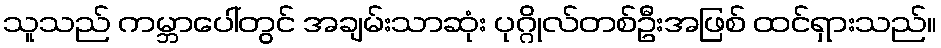
သူသည် ကမ္ဘာပေါ်တွင် အချမ်းသာဆုံး ပုဂ္ဂိုလ်တစ်ဦးအဖြစ် ထင်ရှားသည်။